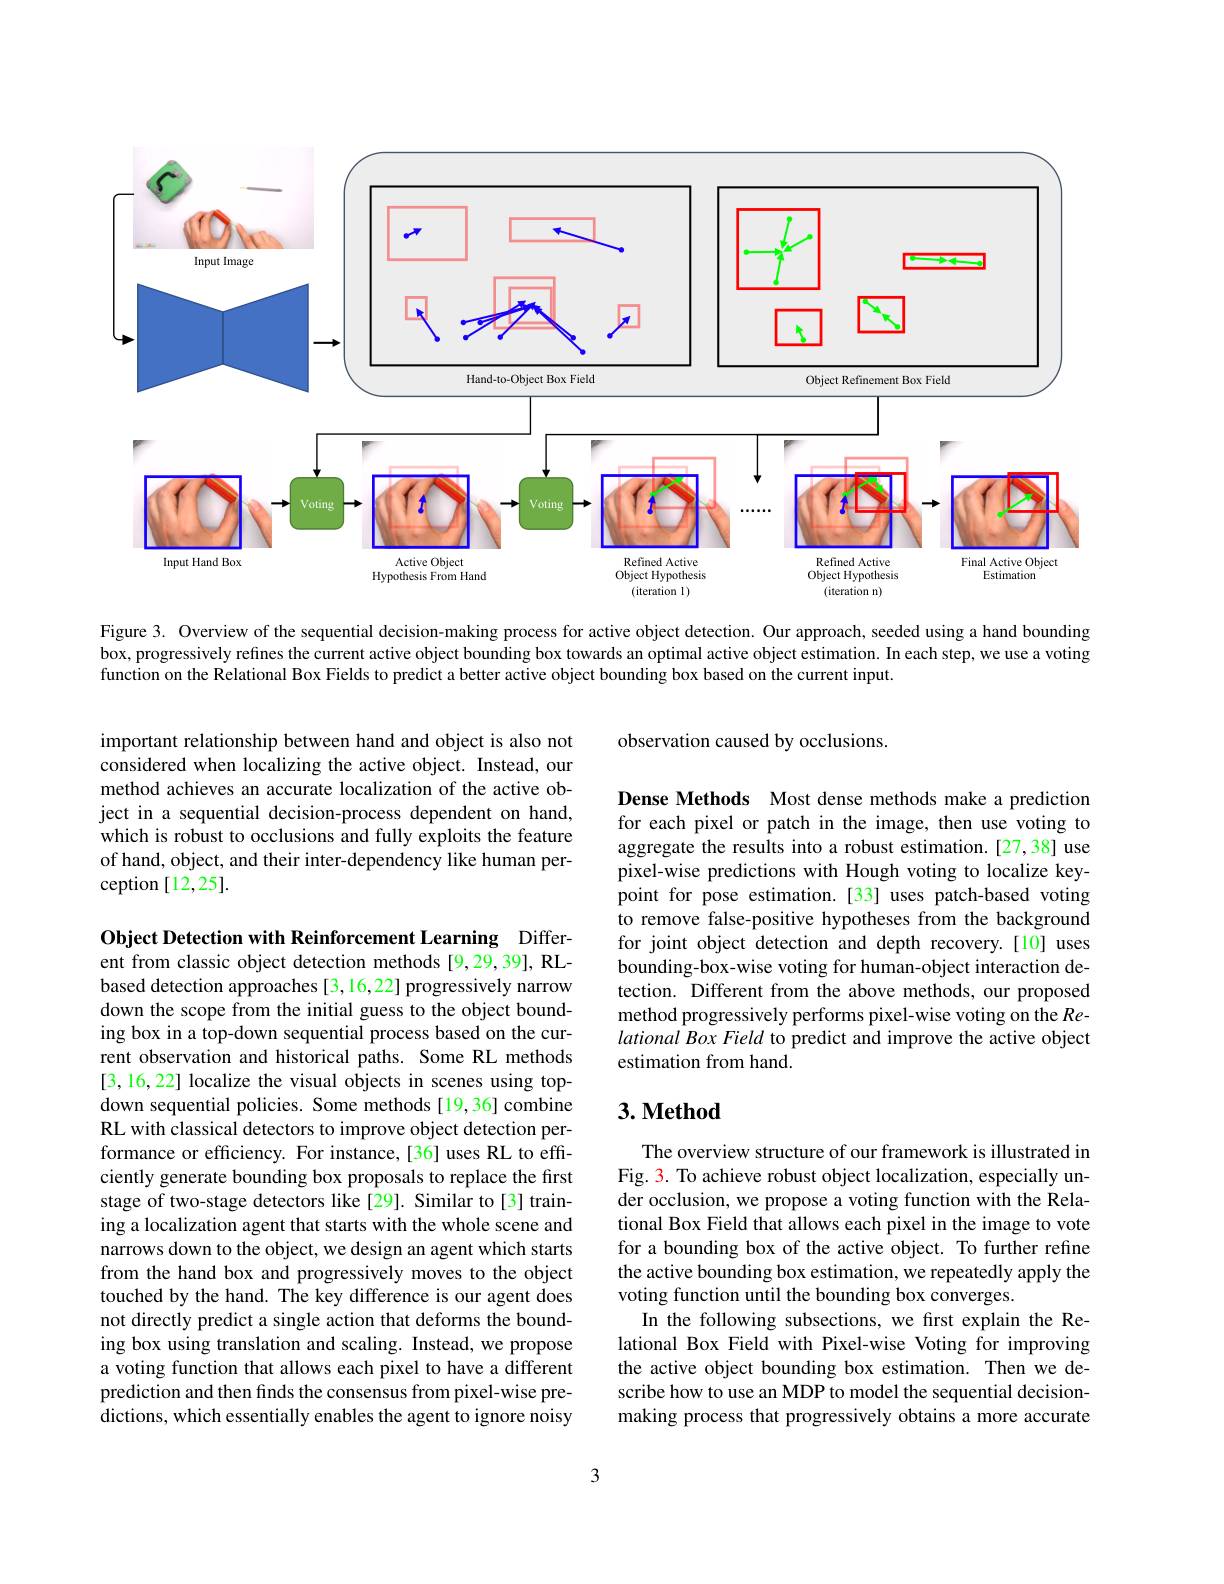
<FigureHere>

Figure 3. Overview of the sequential decision-making process for active object detection. Our approach, seeded using a hand bounding box, progressively refines the current active object bounding box towards an optimal active object estimation. In each step, we use a voting function on the Relational Box Fields to predict a better active object bounding box based on the current input.

observation caused by occlusions.

important relationship between hand and object is also not considered when localizing the active object. Instead, our method achieves an accurate localization of the active object in a sequential decision-process dependent on hand, which is robust to occlusions and fully exploits the feature of hand, object, and their inter-dependency like human perception [12,25].

Dense Methods Most dense methods make a prediction for each pixel or patch in the image, then use voting to aggregate the results into a robust estimation.[27,38] use pixel-wise predictions with Hough voting to localize keypoint for pose estimation.[33] uses patch-based voting to remove false-positive hypotheses from the background for joint object detection and depth recovery.[10] uses bounding-box-wise voting for human-object interaction detection. Different from the above methods, our proposed method progressively performs pixel-wise voting on the Relational Box Field to predict and improve the active object estimation from hand.

### $3. \textbf{Method}$

Object Detection with Reinforcement Learning Different from classic object detection methods [9,29,39], RLbased detection approaches [3,16,22] progressively narrow down the scope from the initial guess to the object bounding box in a top-down sequential process based on the current observation and historical paths. Some RL methods [3,16,22] localize the visual objects in scenes using topdown sequential policies. Some methods[19,36] combine RL with classical detectors to improve object detection performance or efficiency. For instance,[36] uses RL to efficiently generate bounding box proposals to replace the first stage of two-stage detectors like[29]. Similar to[3] training a localization agent that starts with the whole scene and narrows down to the object, we design an agent which starts from the hand box and progressively moves to the object touched by the hand. The key difference is our agent does not directly predict a single action that deforms the bounding box using translation and scaling. Instead, we propose a voting function that allows each pixel to have a different prediction and then finds the consensus from pixel-wise predictions, which essentially enables the agent to ignore noisy

The overview structure of our framework is illustrated in Fig. 3. To achieve robust object localization, especially under occlusion, we propose a voting function with the Relational Box Field that allows each pixel in the image to vote for a bounding box of the active object. To further refine the active bounding box estimation, we repeatedly apply the voting function until the bounding box converges.
In the following subsections, we frst explain the Relational Box Field with Pixel-wise Voting for improving the active object bounding box estimation. Then we describe how to use an MDP to model the sequential decisionmaking process that progressively obtains a more accurate

3